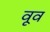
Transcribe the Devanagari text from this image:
वूव